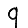
Digit: 9